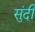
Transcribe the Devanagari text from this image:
सुंदी